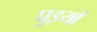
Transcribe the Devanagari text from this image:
घुइयाँ